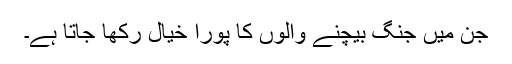
جن میں جنگ بیچنے والوں کا پورا خیال رکھا جاتا ہے۔